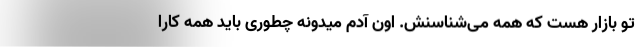
تو بازار هست که همه می‌شناسنش. اون آدم میدونه چطوری باید همه کارا